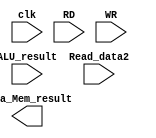
`timescale 1ns / 1ps
//////////////////////////////////////////////////////////////////////////////////
// Company: 
// Engineer: 
// 
// Design Name: 
// Module Name: Data_Mem
// Project Name: 
// Target Devices: 
// Tool Versions: 
// Description: 
// 
// Dependencies: 
// 
// Revision:
// Revision 0.01 - File Created
// Additional Comments:
// 
//////////////////////////////////////////////////////////////////////////////////


module Data_Mem(
    input clk,
    input ALU_result,
    input [31:0] Read_data2,
    input RD,
    input WR,
    output [31:0] Data_Mem_result
    );
endmodule